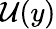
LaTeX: \mathcal{U}(y)